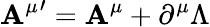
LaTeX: {\mathbf{A}^{\mu}}^{\prime}=\mathbf{A}^{\mu}+\partial^{\mu}\Lambda